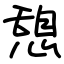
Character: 憩